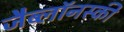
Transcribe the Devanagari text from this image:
जैब्लाॅनस्की